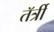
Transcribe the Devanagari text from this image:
तॅर्त्री